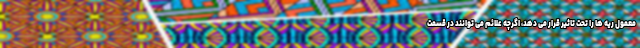
معمول ریه ها را تحت تاثیر قرار می دهد، اگرچه علائم می توانند در قسمت